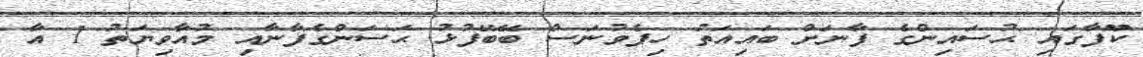
ކޫފާގައި ޙުސައިންގެ ފާނަށް ބައިއަތު ހިފެވުނަސް ބޭބޭފުޅު ޙަސަންގެފާނާއި މުއާވިޔަތު 1 އާ